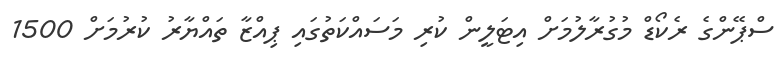
ސްޕޭންގެ ރެކޯޑް މުގުރާލުމަށް އިޓަލީން ކުރި މަސައްކަތުގައި ޕިއްޒާ ތައްޔާރު ކުރުމަށް 1500